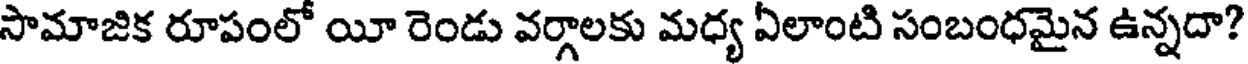
సామాజిక రూపంలో యీ రెండు వర్గాలకు మధ్య ఏలాంటి సంబంధమైన ఉన్నదా?